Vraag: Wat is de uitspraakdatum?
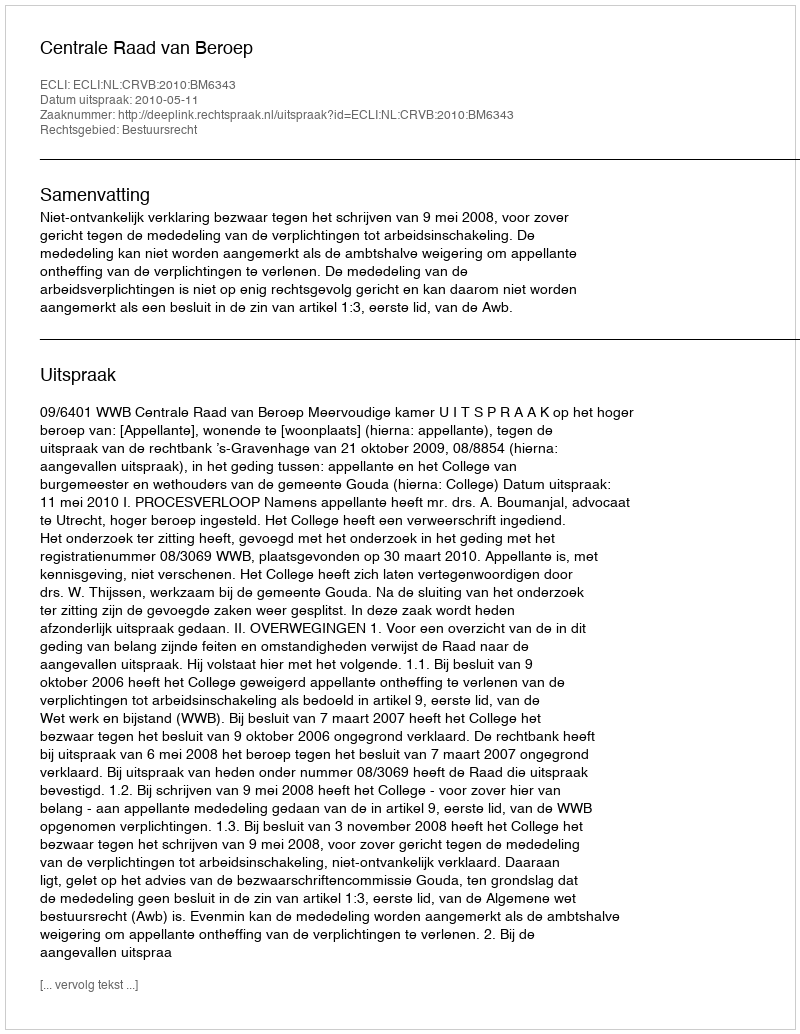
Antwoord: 2010-05-11